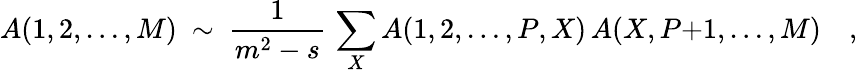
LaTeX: A(1,2,\ldots,M)\ \sim\ {\frac{1}{m^{2}-s}}\, \sum_{X}A(1,2,\ldots,P,X)\, A(X,P{+}1,\ldots,M)\quad,